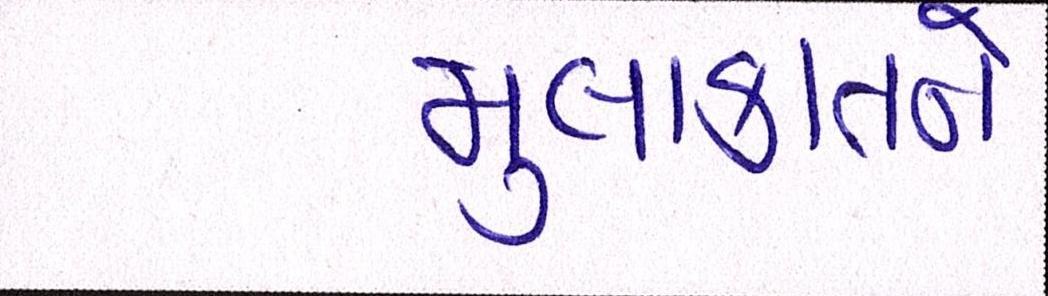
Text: મુલાકાતને